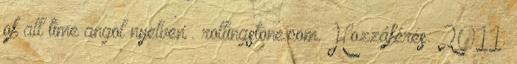
of all time angol nyelven . rollingstone.com. Hozzáférés: 2011.